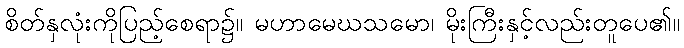
စိတ်နှလုံးကိုပြည့်စေရာ၌။ မဟာမေဃသမော၊ မိုးကြီးနှင့်လည်းတူပေ၏။